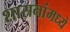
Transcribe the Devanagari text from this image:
शासनांमध्ये